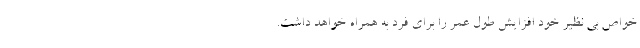
خواص بی نظیر خود افزایش طول عمر را برای فرد به همراه خواهد داشت.